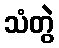
သံတွဲ